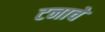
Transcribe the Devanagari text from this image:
टनाचे